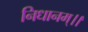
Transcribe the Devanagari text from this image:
निधानम्।।